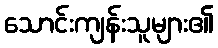
သောင်းကျန်းသူများ၏